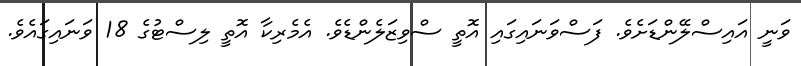
ވަނީ އައިސްލޭންޑަށެވެ. ފަސްވަނައިގައި އޮތީ ސްވިޒަލެންޑެވެ. އެމެރިކާާ އޮތީ ލިސްޓުގެ 18 ވަނައިގައެވެ.